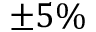
\pm 5 \%